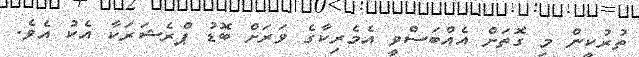
ތުރުކީން މި ގޮތަށް އެއްބަސްވީ އެމެރިކާގެ ވަރަށް ބޮޑު ޕްރެޝަރަކާ އެކު އެވެ.